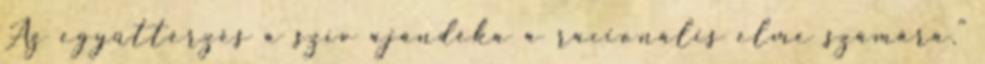
Az együttérzés a szív ajándéka a racionális elme számára."